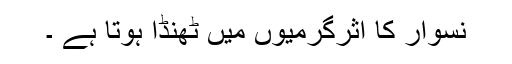
نسوار کا اثرگرمیوں میں ٹھنڈا ہوتا ہے ۔